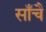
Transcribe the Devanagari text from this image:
साँचै